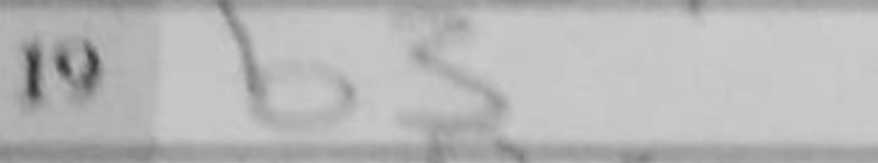
Transcription: b3